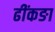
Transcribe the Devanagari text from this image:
ढींकङा